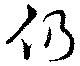
仍